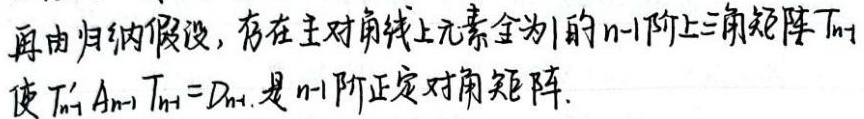
再由归纳假设，存在主对角线上元素全为1的\(n - 1\)阶上三角矩阵\(T_{n - 1}\)使\(T_{n - 1}'A_{n - 1}T_{n - 1}=D_{n - 1}\)，是\(n - 1\)阶正定对角矩阵.